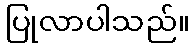
ပြုလာပါသည်။